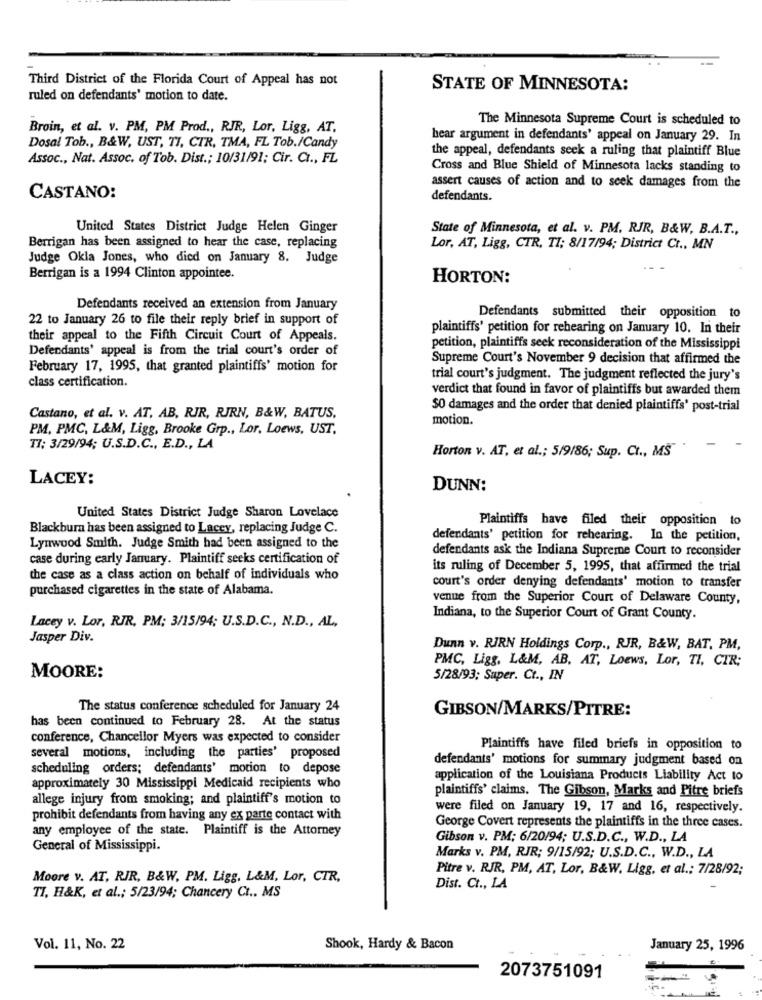
Third District of the Florida Court of Appeal has not
STATE OF MINNESOTA:
ruled on defendants' motion to date.
The Minnesota Supreme Court is scheduled to
Broin, et al. v. PM, PM Prod ., RJR, Lor, Ligg, AT.
Dosal Tob ., B&W, UST, TI, CTR, TMA, FL Tob./Candy
hear argument in defendants' appeal on January 29. In
Assoc ., Nat. Assoc. of Tob. Dist .; 10/31/91; Cir. C ., FL
the appeal, defendants seek a ruling that plaintiff Blue
Cross and Blue Shield of Minnesota lacks standing to
assert causes of action and to seek damages from the
CASTANO:
defendants.
United States District Judge Helen Ginger
State of Minnesota, et al. v. PM. RJR, B&W, B.A.T .,
Berrigan has been assigned to hear the case, replacing
Lor, AT, Ligg, CTR, TI; 8/17/94; District Ct ., MN
Judge Okla Jones, who died on January 8. Judge
Berrigan is a 1994 Clinton appointee.
HORTON:
Defendants received an extension from January
22 to January 26 to file their reply brief in support of
Defendants submitted their opposition to
plaintiffs' petition for rehearing on January 10. In their
their appeal to the Fifth Circuit Court of Appeals.
Defendants' appeal is from the trial court's order of
petition, plaintiffs seek reconsideration of the Mississippi
Supreme Court's November 9 decision that affirmed the
February 17, 1995, that granted plaintiffs' motion for
class certification.
trial court's judgment. The judgment reflected the jury's
verdict that found in favor of plaintiffs but awarded them
$0 damages and the order that denied plaintiffs' post-trial
Castano, et al. v. AT, AB, RIR, RIRN, B&W, BATUS,
motion.
PM, PMC, L&M, Ligg, Brooke Grp ., Lor, Loews, UST.
T7; 3/29/94; U.S.D.C ., E.D ., LA
Horton v. AT, et al .; 5/9/86; Sup. Ct ., MS"'
LACEY:
DUNN:
United States District Judge Sharon Lovelace
Plaintiffs have filed their opposition to
Blackburn has been assigned to Lacey, replacing Judge C.
defendants' petition for rehearing. In the petition,
Lynwood Smith. Judge Smith had been assigned to the
defendants ask the Indiana Supreme Court to reconsider
case during early January. Plaintiff seeks certification of
its ruling of December 5, 1995, that affirmed the trial
the case as a class action on behalf of individuals who
purchased cigarettes in the state of Alabama.
court's order denying defendants' motion to transfer
venue from the Superior Court of Delaware County,
Indiana, to the Superior Court of Grant County.
Lacey v. Lor, RIR, PM; 3/15/94; U.S.D.C ., N.D ., AL,
Jasper Div.
Dunn v. RIRN Holdings Corp ., RIR, B&W, BAT, PM,
PMC, Ligg, L&M, AB, AT, Loews, Lor, TI, CIR;
MOORE:
5/28/93; Super. Ct ., IN
The status conference scheduled for January 24
GIBSON/MARKS/PITRE:
has been continued to February 28. At the status
conference, Chancellor Myers was expected to consider
Plaintiffs have filed briefs in opposition to
several motions, including the parties' proposed
defendants' motions for summary judgment based on
scheduling orders; defendants' motion to depose
application of the Louisiana Products Liability Act to
approximately 30 Mississippi Medicaid recipients who
plaintiffs' claims. The Gibson, Marks and Pitre briefs
allege injury from smoking; and plaintiff's motion to
were filed on January 19, 17 and 16, respectively.
prohibit defendants from having any ex parte contact with
any employee of the state. Plaintiff is the Attorney
George Covert represents the plaintiffs in the three cases.
Gibson v. PM; 6/20/94; U.S.D.C ., W.D ., LA
General of Mississippi.
Marks v. PM, RIR; 9/15/92; U.S.D.C ., W.D ., LA
Pitre v. RJR, PM, AT, Lor, B&W. Ligg, et al .; 7/28/92;
Moore v. AT, RIR, B&W. PM. Ligg, L&M, Lor, CTR,
Dist. Ct ., LA
TI, H&K, et al .; 5/23/94; Chancery Ct .. MS
Vol. 11, No. 22
Shook, Hardy & Bacon
January 25, 1996
2073751091